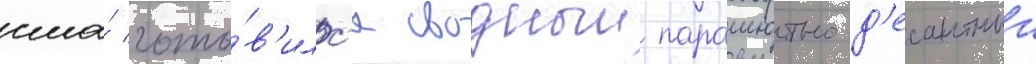
сша́ гото́в'илс'я сводныи парашютно-д'есантныи